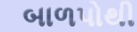
બાળપોથી